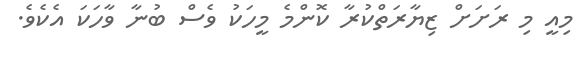
މިއީ މި ރަށަށް ޒިޔާރަތްކުރާ ކޮންމެ މީހަކު ވެސް ބުނާ ވާހަކަ އެކެވެ.